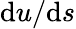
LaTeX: \mathrm{d}u/\mathrm{d}s